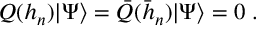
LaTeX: Q ( h _ { n } ) | \Psi \rangle = \bar { Q } ( \bar { h } _ { n } ) | \Psi \rangle = 0 \; .